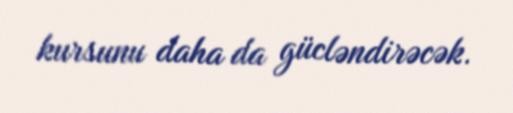
kursunu daha da gücləndirəcək.